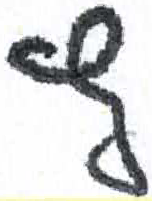
אות: ץ